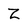
Character: Z